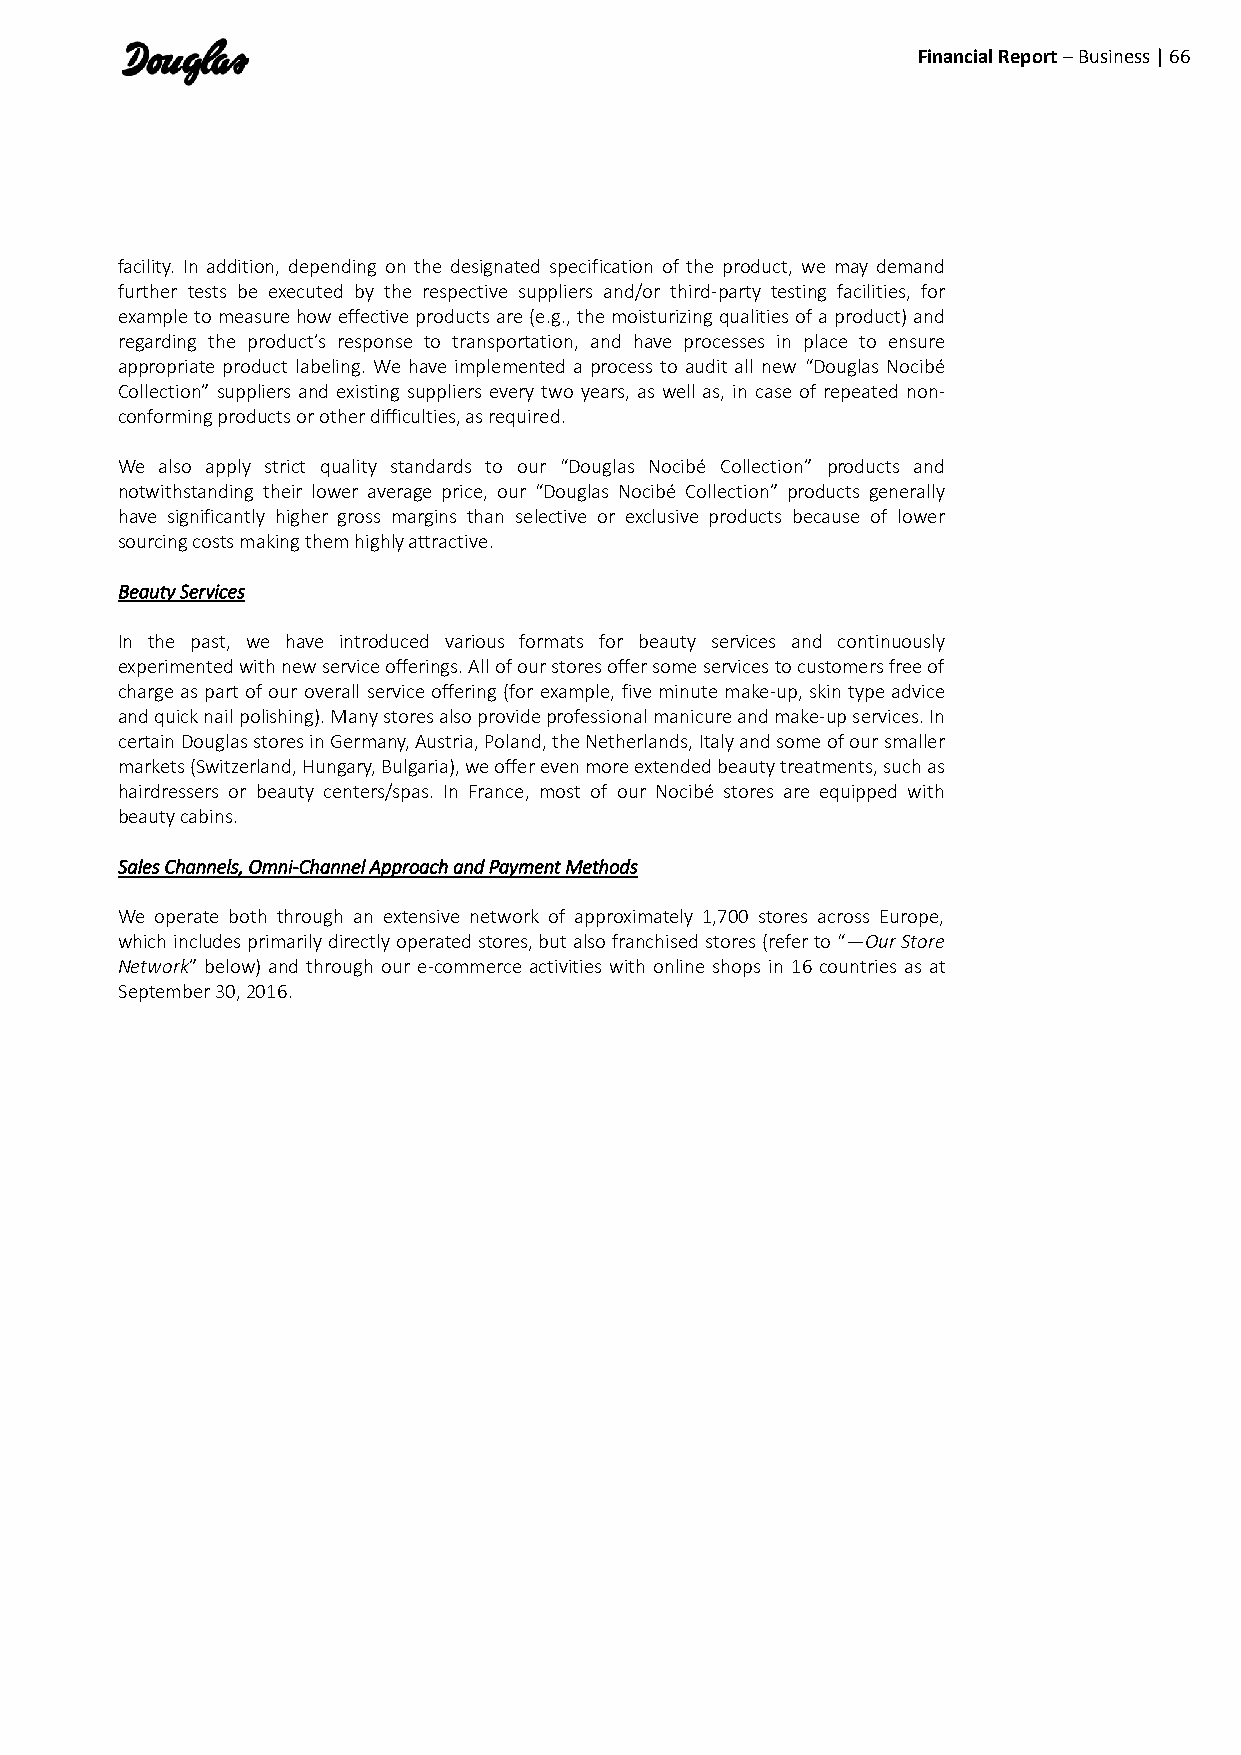
Financial Report – Business | 66
 facility. In addition, depending on the designated specification of the product, we may demand
 further tests be executed by the respective suppliers and/or third-party testing facilities, for
 example to measure how effective products are (e.g., the moisturizing qualities of a product) and
 regarding the product’s response to transportation, and have processes in place to ensure
 appropriate product labeling. We have implemented a process to audit all new “Douglas Nocibé
 Collection” suppliers and existing suppliers every two years, as well as, in case of repeated non-
 conforming products or other difficulties, as required.
 We also apply strict quality standards to our “Douglas Nocibé Collection” products and
 notwithstanding their lower average price, our “Douglas Nocibé Collection” products generally
 have significantly higher gross margins than selective or exclusive products because of lower
 sourcing costs making them highly attractive.
 Beauty Services
 In the past, we have introduced various formats for beauty services and continuously
 experimented with new service offerings. All of our stores offer some services to customers free of
 charge as part of our overall service offering (for example, five minute make-up, skin type advice
 and quick nail polishing). Many stores also provide professional manicure and make-up services. In
 certain Douglas stores in Germany, Austria, Poland, the Netherlands, Italy and some of our smaller
 markets (Switzerland, Hungary, Bulgaria), we offer even more extended beauty treatments, such as
 hairdressers or beauty centers/spas. In France, most of our Nocibé stores are equipped with
 beauty cabins.
 Sales Channels, Omni-Channel Approach and Payment Methods
 We operate both through an extensive network of approximately 1,700 stores across Europe,
 which includes primarily directly operated stores, but also franchised stores (refer to “—Our Store
 Network” below) and through our e-commerce activities with online shops in 16 countries as at
 September 30, 2016.